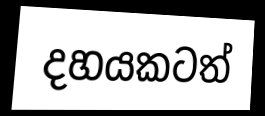
දහයකටත්